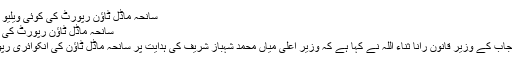
سانحہ ماڈل ٹاؤن رپورٹ کی کوئی ویلیو نہیں، رانا ثناء اللہ - جیو اردو
سانحہ ماڈل ٹاؤن رپورٹ کی کوئی ویلیو نہیں، رانا ثناء اللہ
لاہور (جیوڈیسک) حکومتِ پنجاب کے وزیر قانون رانا ثناء اللہ نے کہا ہے کہ وزیرِ اعلیٰ میاں محمد شہباز شریف کی ہدایت پر سانحہ ماڈل ٹاؤن کی انکوائری رپورٹ کو پبلک کر دیا گیا ہے۔